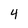
Character: 4